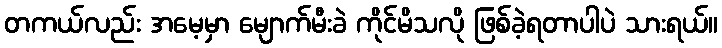
တကယ်လည်း အမေ့မှာ မျောက်မီးခဲ ကိုင်မိသလို ဖြစ်ခဲ့ရတာပါပဲ သားရယ်။